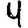
Digit: 4